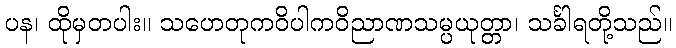
ပန၊ ထိုမှတပါး။ သဟေတုကဝိပါကဝိညာဏသမ္ပယုတ္တာ၊ သင်္ခါရတို့သည်။